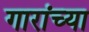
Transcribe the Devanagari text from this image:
गारांच्या